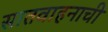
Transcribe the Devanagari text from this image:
सातवाहनाची